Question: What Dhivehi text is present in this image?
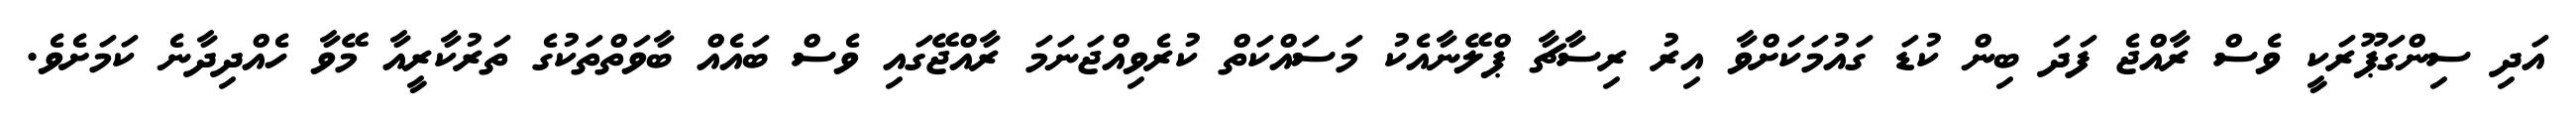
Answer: އަދި ސިންގަޕޫރަކީ ވެސް ރާއްޖެ ފަދަ ބިން ކުޑަ ގައުމަކަށްވާ އިރު ރިސާޗާ ޕްލޭނާއެކު މަސައްކަތް ކުރެވިއްޖަނަމަ ރާއްޖޭގައި ވެސް ބައެއް ބާވަތްތަކުގެ ތަރުކާރީއާ މޭވާ ހެއްދިދާނެ ކަމަށެވެ.